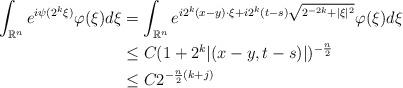
LaTeX: \begin{align*}\int_{\mathbb{R}^n} e^{i\psi(2^k\xi)}\varphi(\xi)d\xi&=\int_{\mathbb{R}^n} e^{i2^k(x-y)\cdot\xi+i2^k(t-s)\sqrt{2^{-2k}+|\xi|^2}}\varphi(\xi) d\xi\\&\leq C (1+2^k|(x-y,t-s)|)^{-\frac{n}{2}}\\&\leq C2^{-\frac{n}{2}(k+j)}\end{align*}